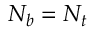
N _ { b } = N _ { t }